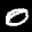
Label: 0